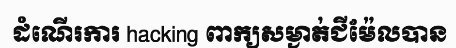
ដំណើរការ hacking ពាក្យសម្ងាត់ជីម៉ែលបាន